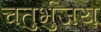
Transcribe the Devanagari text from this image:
चतुर्भुजय